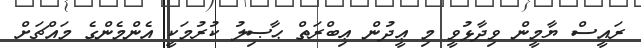
ރައީސް ޔާމީން ވިދާޅުވީ މި ޢީދުން ޢިބްރަތް ޙާޞިލު ކުރުމަކީ އެންމެންގެ މައްޗަށް